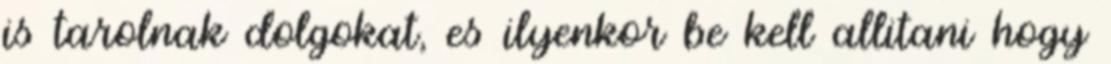
is tarolnak dolgokat, es ilyenkor be kell allitani hogy